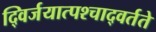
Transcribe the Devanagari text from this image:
द्विर्जयात्पश्‍चाद्वर्तते